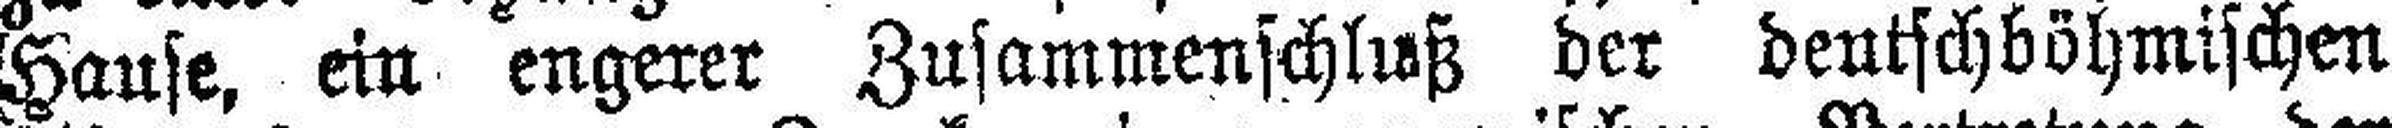
Hause, ein engerer Zusammenschluß der deutschböhmischen